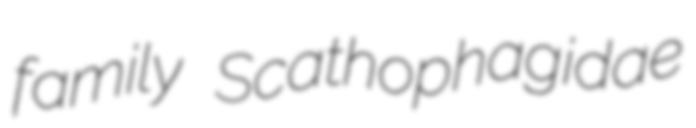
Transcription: family Scathophagidae